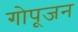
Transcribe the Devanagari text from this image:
गोपूजन